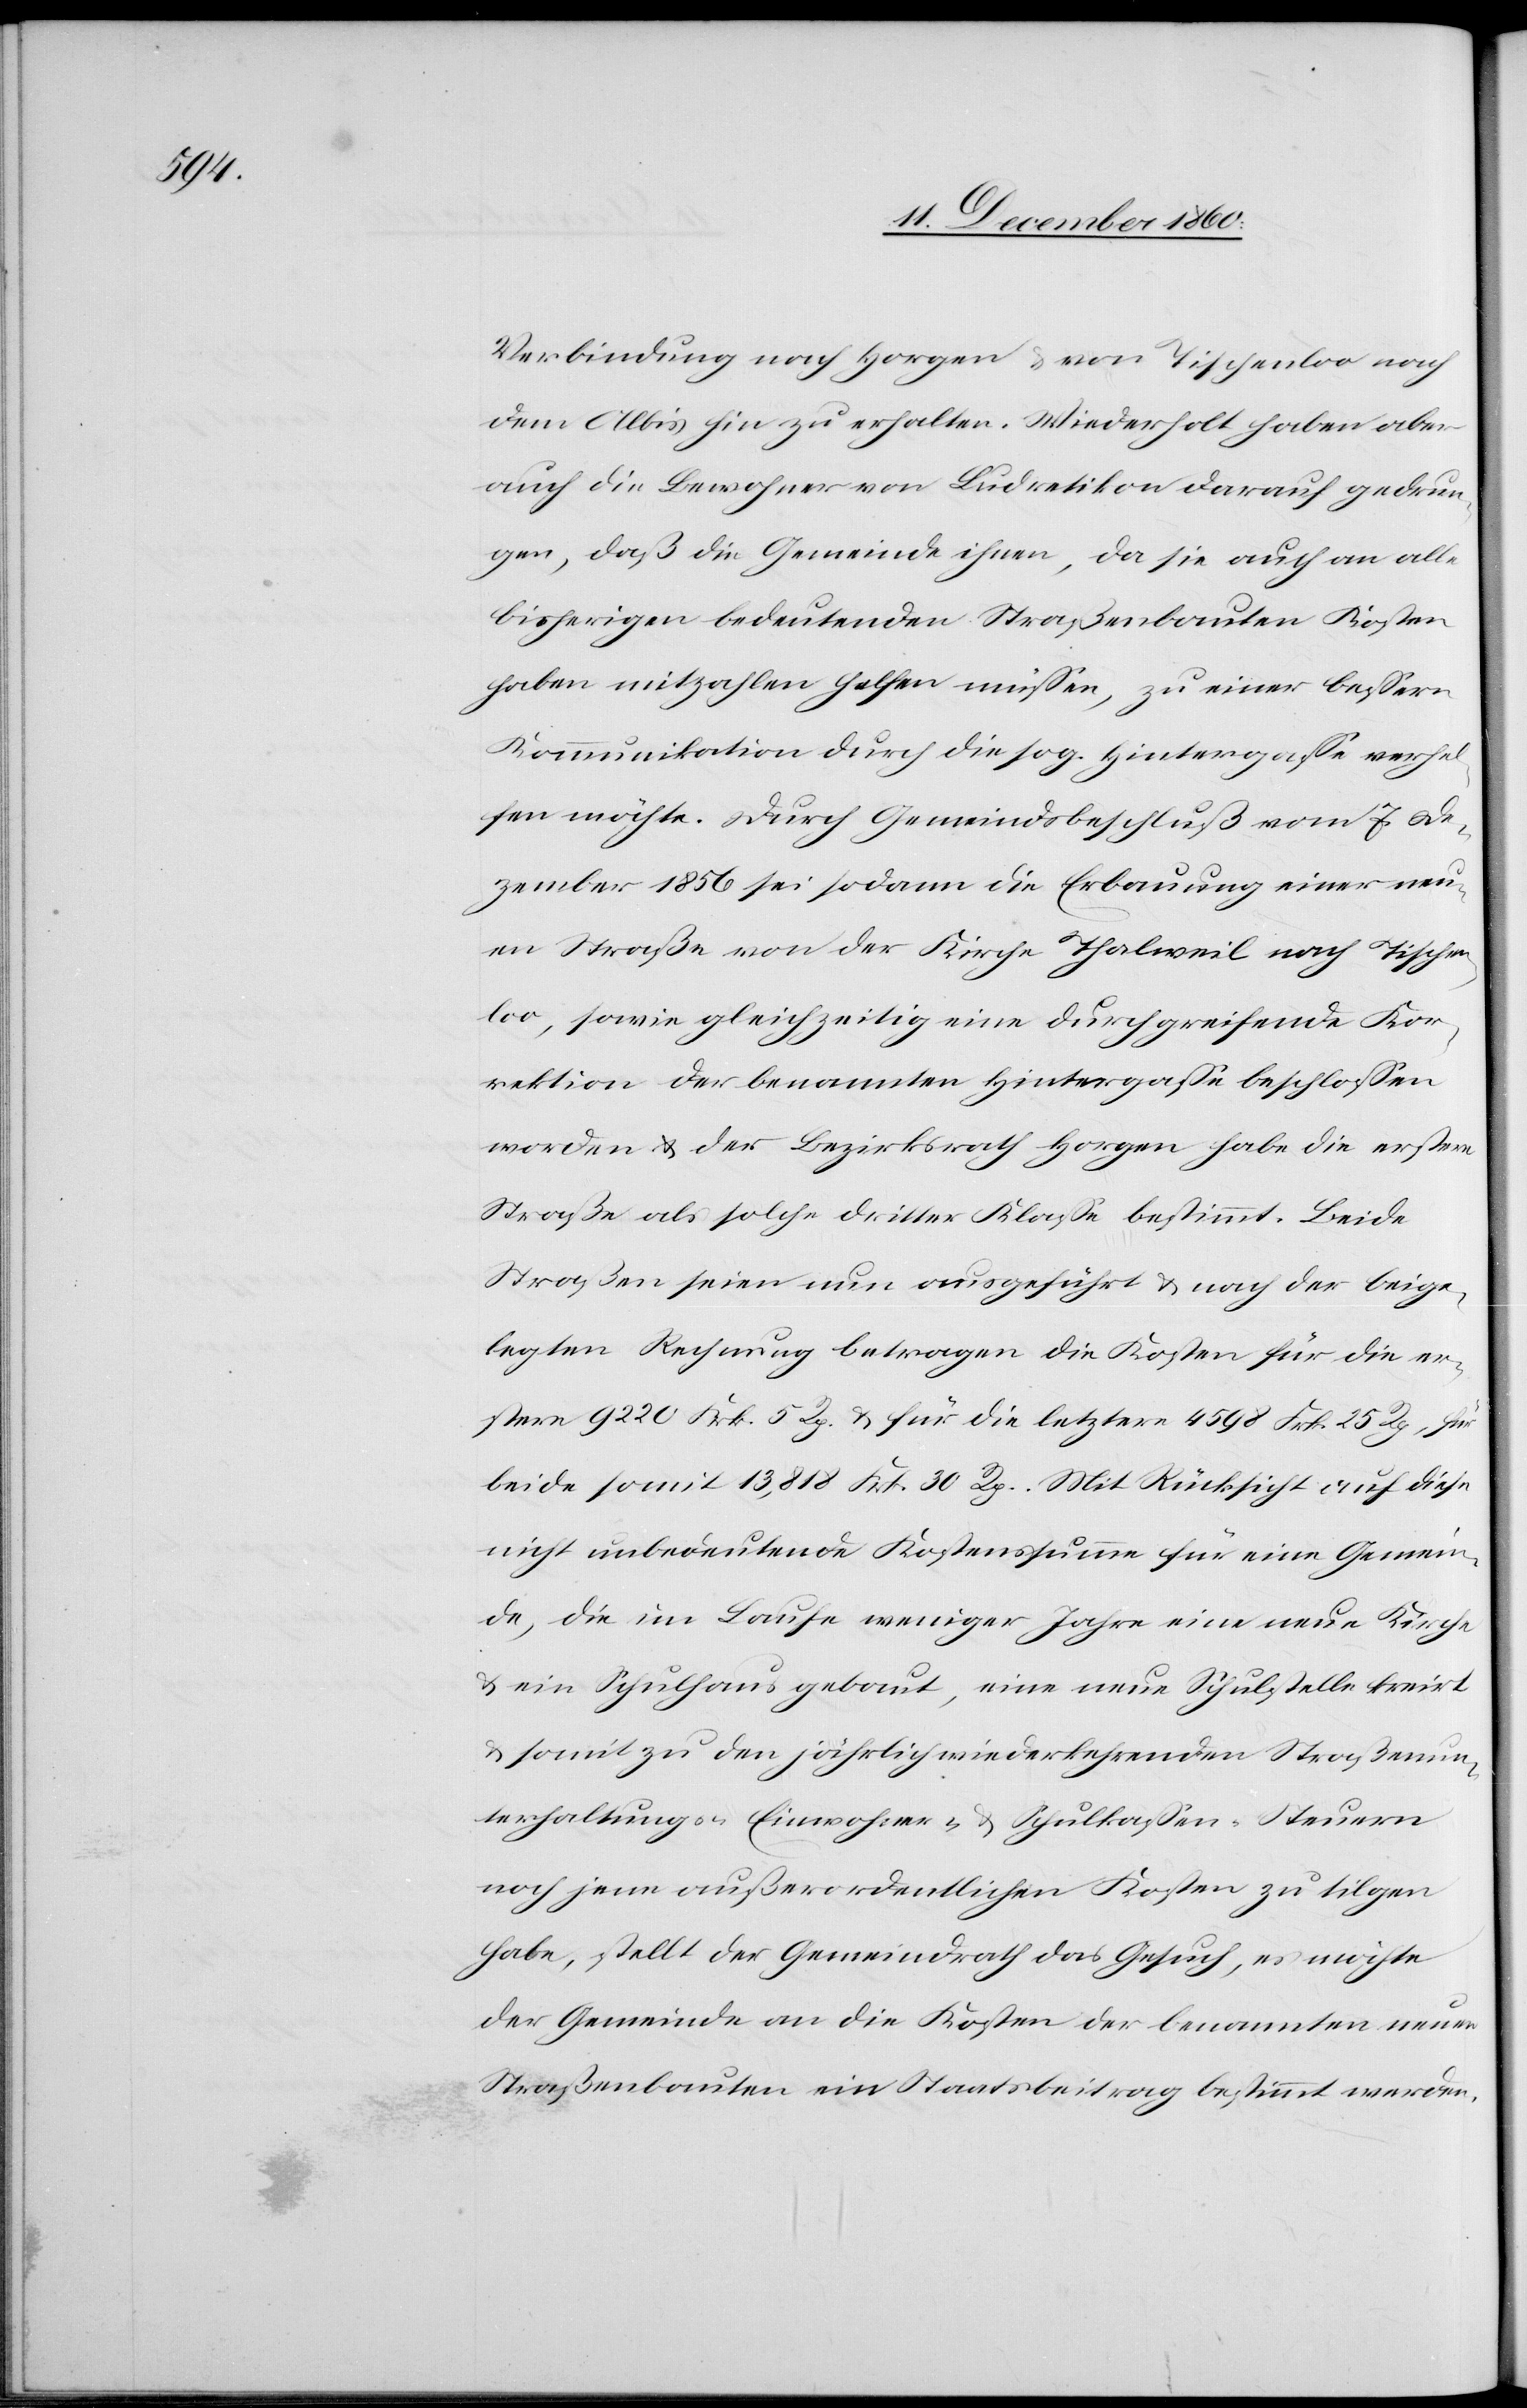
Verbindung nach Horgen u. von Tischenloo nach
dem Albis hin zu erhalten. Wiederholt haben aber
auch die Bewohner von Ludretikon darauf gedrun¬
gen, daß die Gemeinde ihnen, da sie auch an alle
bisherigen bedeutenden Straßenbauten Kosten
haben mitzahlen helfen müssen, zu einer bessern
Kommunikation durch die sog. Hintergasse verhel¬
fen möchte. Durch Gemeindsbeschluß vom 7. De¬
zember 1856 sei sodann die Erbauung einer neu¬
en Strecke von der Kirche Thalweil nach Tischen¬
loo, sowie gleichzeitig eine durchgreifende Kor¬
rektion der benannten Hintergasse beschlossen
worden u. der Bezirksrath Horgen habe die erstere
Straße als solche dritter Klasse bestimmt. Beide
Straßen seien nun ausgeführt u. nach der beige¬
legten Rechnung betragen die Kosten für die er¬
stere 9220 Frk. 5 Rp. für die letztere 4598 Frk. 25 Rp., für
beide somit 13,818 Frk. 30 Rp. Mit Rücksicht auf diese
nicht unbedeutende Kostenssumme für eine Gemein¬
de, die im Laufe weniger Jahre eine neue Kirche
u. ein Schulhaus gebaut, eine neue Schulstelle kreirt
u. somit zu den jährlich wiederkehrenden Straßenun¬
terhaltungs-, Einwohner- u. Schulkassen-Steuern
noch jene außerordentlichen Kosten zu tilgen
habe, stellt der Gemeindrath das Gesuch, es möchte
der Gemeinde an die Kosten der benannten neuen
Straßenbauten ein Staatsbeitrag bestimmt werden.